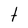
Character: t